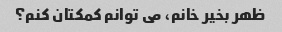
ظهر بخیر خانم، می توانم کمکتان کنم؟